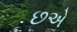
છએ